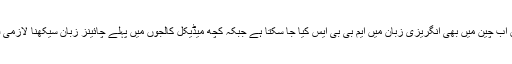
انکے کے مطابق اب چین میں بھی انگریزی زبان میں ایم بی بی ایس کیا جا سکتا ہے جبکہ کچھ میڈیکل کالجوں میں پہلے چائینز زبان سیکھنا لازمی قرار دیا جاتا ہے۔